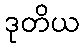
ဒုတိယ